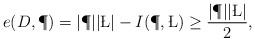
LaTeX: \begin{align*}e(D, \P)=|\P||\L|-I(\P, \L)\ge \frac{|\P||\L|}{2},\end{align*}